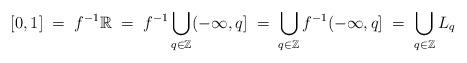
LaTeX: \begin{align*} [0,1] \; = \; f^{-1} \mathbb{R} \; = \; f^{-1} \bigcup_{q \in \mathbb{Z}} (-\infty,q] \; = \; \bigcup_{q \in \mathbb{Z}} f^{-1} (-\infty,q] \; = \; \bigcup_{q \in \mathbb{Z}} L_q\end{align*}